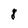
Character: 8